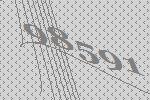
98591